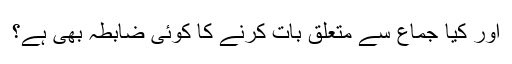
اور کیا جماع سے متعلق بات کرنے کا کوئی ضابطہ بھی ہے؟